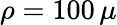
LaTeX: \rho=100\, \mu